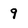
Character: 9